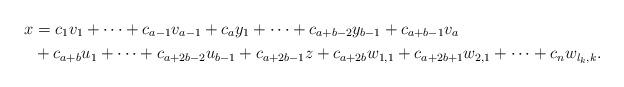
LaTeX: \begin{align*}x &= c_1v_1 + \cdots + c_{a-1}v_{a-1} + c_a y_1 + \cdots + c_{a+b-2}y_{b-1} + c_{a+b-1} v_a \\&+ c_{a+b} u_1 + \cdots + c_{a+2b-2} u_{b-1} + c_{a+2b-1}z + c_{a+2b}w_{1,1} + c_{a+2b+1} w_{2,1} + \cdots + c_n w_{l_k,k}. \end{align*}